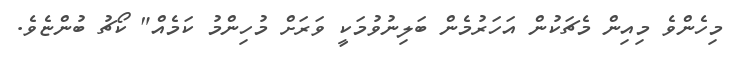
މިހެންވެ މިއިން މެޗަކުން އަހަރުމެން ބަލިނުވުމަކީ ވަރަށް މުހިންމު ކަމެއް" ކޯޗު ބުންޏެވެ.